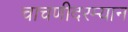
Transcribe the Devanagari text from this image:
चाचणीदरम्यान